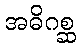
အဓိဂစ္ဆ